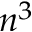
n ^ { 3 }